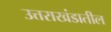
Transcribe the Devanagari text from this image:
उत्तराखंडातील